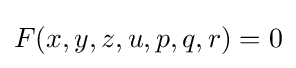
F(x,y,z,u,p,q,r)=0